Civil Veterinary Dept. Bombay admin report 1907-1913 - 1907-1913
Year: 1907
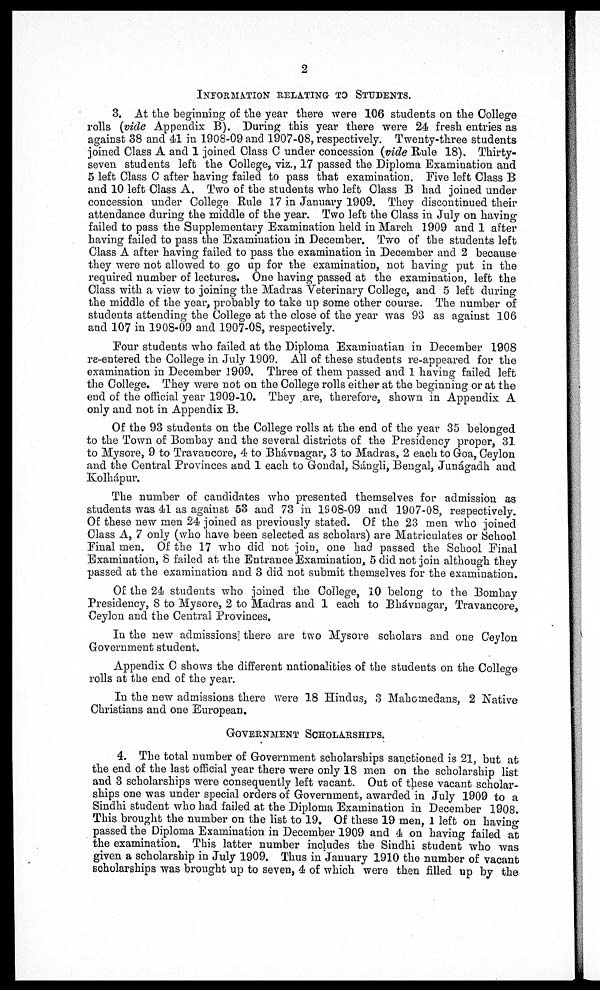
2
INFORMATION RELATING TO STUDENTS.
3. At the beginning of the year there were 106 students on the College
rolls (vide Appendix B). During this year there were 24 fresh entries as
against 38 and 41 in 1908-09 and 1907-08, respectively. Twenty-three students
joined Class A and 1 joined Class C under concession (vide Rule 18). Thirty-
seven students left the College, viz., 17 passed the Diploma Examination and
5 left Class C after having failed to pass that examination. Five left Class B
and 10 left Class A. Two of the students who left Class B had joined under
concession under College Rule 17 in January 1909. They discontinued their
attendance during the middle of the year. Two left the Class in July on having
failed to pass the Supplementary Examination held in March 1909 and 1 after
having failed to pass the Examination in December. Two of the students left
Class A after having failed to pass the examination in December and 2 because
they were not allowed to go up for the examination, not having put in the
required number of lectures. One having passed at the examination, left the
Class with a view to joining the Madras Veterinary College, and 5 left during
the middle of the year, probably to take up some other course. The number of
studeuts attending the College at the close of the year was 93 as against 106
and 107 in 1908-09 and 1907-08, respectively.
Pour studeuts who failed at the Diploma Examinatian in December 1908
re-entered the College in July 1909. All of these students re-appeared for the
examination in December 1909. Three of them passed and 1 having failed left
the College. They were not on the College rolls either at the beginning or at the
end of the official year 1909-10. They are, therefore, shown in Appendix A
only and not in Appendix B.
Of the 93 students on the College rolls at the end of the year 35 belonged
to the Town of Bombay and the several districts of the Presidency proper, 31
to Mysore, 9 to Travancore, 4 to Bhávnagar, 3 to Madras, 2 each to Goa, Ceylon
and the Central Provinces and 1 each to Gondal, Sángli, Bengal, Junágadh and
Kolhápur.
The number of candidates who presented themselves for admission as
students was 41 as against 53 and 73 iu 1808-09 and 1907-08, respectively.
Of these new men 24 joined as previously stated. Of the 23 men who joined
Class A, 7 only (who have been selected as scholars) are Matriculates or School
Pinal men. Of the 17 who did not join, one had passed the School Final
Examination, 8 failed at the Entrance Examination, 5 did not join although they
passed at the examination and 3 did not submit themselves for the examination.
Of the 24 students who joined the College, 10 belong to the Bombay
Presidency, 8 to Mysore, 2 to Madras and 1 each to Bhávnagar, Travaucore,
Ceylon and the Central Provinces.
In the new admissions; there are two Mysore scholars and one Ceylon
Government student.
Appendix C shows the different nationalities of the students on the College
rolls at the end of the year.
In the new admissions there were 18 Hindus, 3 Mahomedans, 2 Native
Christians and one European.
GOVERNMENT SCHOLARSHIPS.
4. The total number of Government scholarships sanctioned is 21, but at
the end of the last official year there were only 18 men on the scholarship list
and 3 scholarships were consequently left vacant. Out of these vacant scholar-
ships one was under special orders of Government, awarded in July 1909 to a
Sindhi student who had failed at the Diploma Examination in December 1908.
This brought the number on the list to 19. Of these 19 men, 1 left on havino-
passed the Diploma Examination in December 1909 and 4 on having failed at
the examination. This latter number includes the Sindhi student who was
given a scholarship in July 1909. Thus in January 1910 the number of vacant
scholarships was brought up to seven, 4 of which were then filled up by the